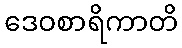
ဒေဝစာရိကာတိ